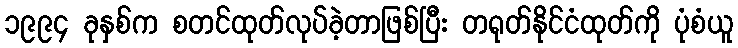
၁၉၉၄ ခုနှစ်က စတင်ထုတ်လုပ်ခဲ့တာဖြစ်ပြီး တရုတ်နိုင်ငံထုတ်ကို ပုံစံယူ